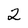
Character: 2